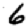
Digit: 6